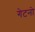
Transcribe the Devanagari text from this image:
गेटनो